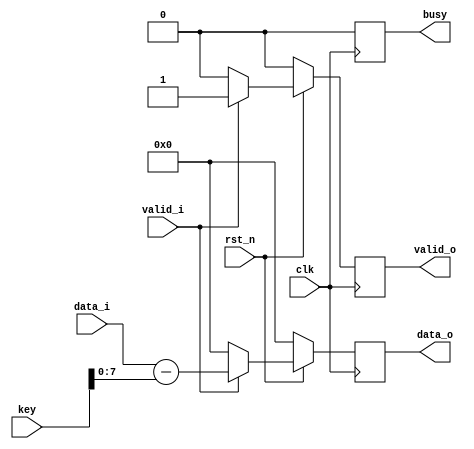
`timescale 1ns / 1ps
//////////////////////////////////////////////////////////////////////////////////
// Company: 
// Engineer: 
// 
// Design Name: 
// Module Name:    ceasar_decryption 
// Project Name: 
// Target Devices: 
// Tool versions: 
// Description: 
//
// Dependencies: 
//
// Revision: 
// Revision 0.01 - File Created
// Additional Comments: 
//
//////////////////////////////////////////////////////////////////////////////////
module caesar_decryption #(
				parameter D_WIDTH = 8,
				parameter KEY_WIDTH = 16
			)(
			// Clock and reset interface
			input clk,
			input rst_n,
			
			// Input interface
			input[D_WIDTH - 1:0] data_i,
			input valid_i,
			
			// Decryption Key
			input[KEY_WIDTH - 1 : 0] key,
			
			// Output interface
			output reg[D_WIDTH - 1:0] data_o,
			output reg valid_o,
			output reg busy
    );

// TODO: Implement Caesar Decryption here

	always @(posedge clk) begin
		busy<=0; //semnalul busy este mereu 0 pentru acest modul
		valid_o<=0;
		if(!rst_n) begin //daca este activ semnalul de reset(in 0), se reinitializeaza iesirile
			data_o<=0;
			valid_o<=0;
			end
		else begin
			if(valid_i) begin // Cat timp valid_i este ridicat
				valid_o<=1; //dupa ce valid_i a fost activat, valid_o este ridicat 
				data_o<=data_i-key; //se ia fiecare caracter si i se scade cheia de decriptare fiind afisat pe iesire
			end
     	//altfel se reinitializeaza valorile de iesire
			else begin
				valid_o<=0;
				data_o<=0;
			end
		end
	end
endmodule